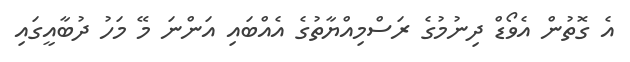
އެ ގޮތުން އެވޯޑް ދިނުމުގެ ރަސްމިއްޔާތުގެ އެއްބައި އަންނަ މޭ މަހު ދުބާއީގައި